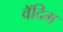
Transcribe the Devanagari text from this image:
वॅदिम